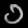
Digit: ၁